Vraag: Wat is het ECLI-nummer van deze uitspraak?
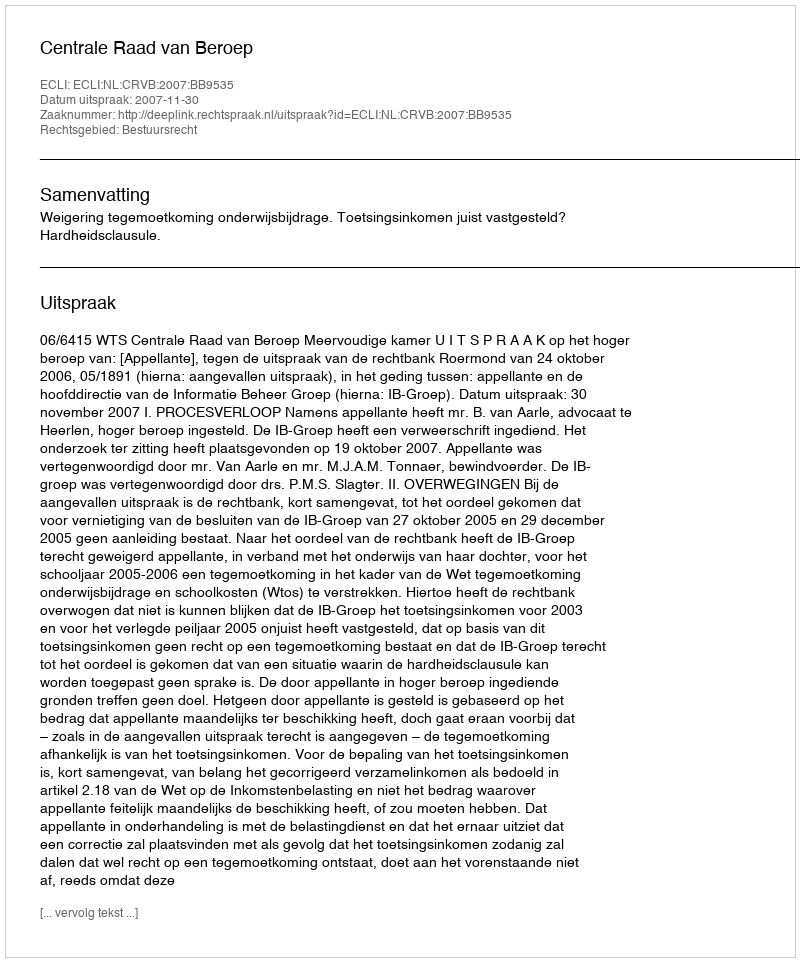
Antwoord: ECLI:NL:CRVB:2007:BB9535